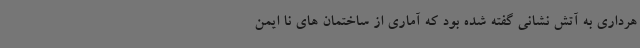
هرداری به آتش نشانی گفته شده بود که آماری از ساختمان های نا ایمن